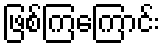
ဖြစ်ကြကြောင်း